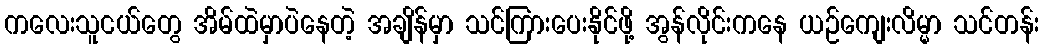
ကလေးသူငယ်တွေ အိမ်ထဲမှာပဲနေတဲ့ အချိန်မှာ သင်ကြားပေးနိုင်ဖို့ အွန်လိုင်းကနေ ယဉ်ကျေးလိမ္မာ သင်တန်း